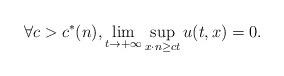
LaTeX: \begin{align*}\forall c > c^*(n) , \lim_{t \to +\infty} \sup_{x \cdot n \geq c t }u (t,x) =0.\end{align*}